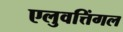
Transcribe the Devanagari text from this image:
एलुवत्तिंगल